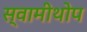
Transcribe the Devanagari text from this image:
स्वामीथोप